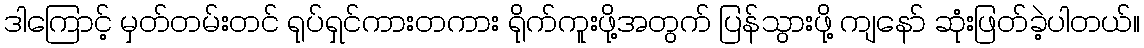
ဒါကြောင့် မှတ်တမ်းတင် ရုပ်ရှင်ကားတကား ရိုက်ကူးဖို့အတွက် ပြန်သွားဖို့ ကျနော် ဆုံးဖြတ်ခဲ့ပါတယ်။